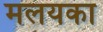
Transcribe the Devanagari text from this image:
मलयका